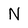
Character: N